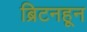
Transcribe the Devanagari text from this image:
ब्रिटनहून